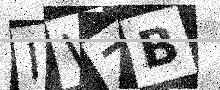
Text: IWZB